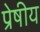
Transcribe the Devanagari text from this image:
प्रेषीय